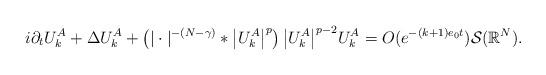
LaTeX: \begin{align*}i \partial_t U_k^A + \Delta U_k^A + \left( |\cdot|^{-(N-\gamma)} * \big|U_k^A \big|^p \right) \big|U_k^A \big|^{p-2} U_k^A = O(e^{-(k+1) e_0 t}) \mathcal{S} (\mathbb{R}^N).\end{align*}